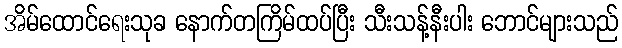
အိမ်ထောင်ရေးသုခ နောက်တကြိမ်ထပ်ပြီး သီးသန့်နီးပါး ဘောင်များသည်